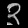
Digit: ၃